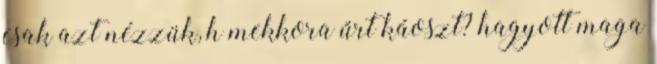
csak azt nézzük, h mekkora űrt káoszt? hagyott maga